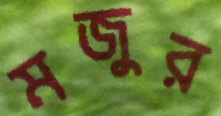
মজুর